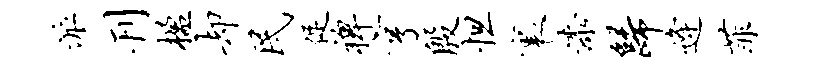
派刊楹却民促裨亨殷怛里漆归逄菲